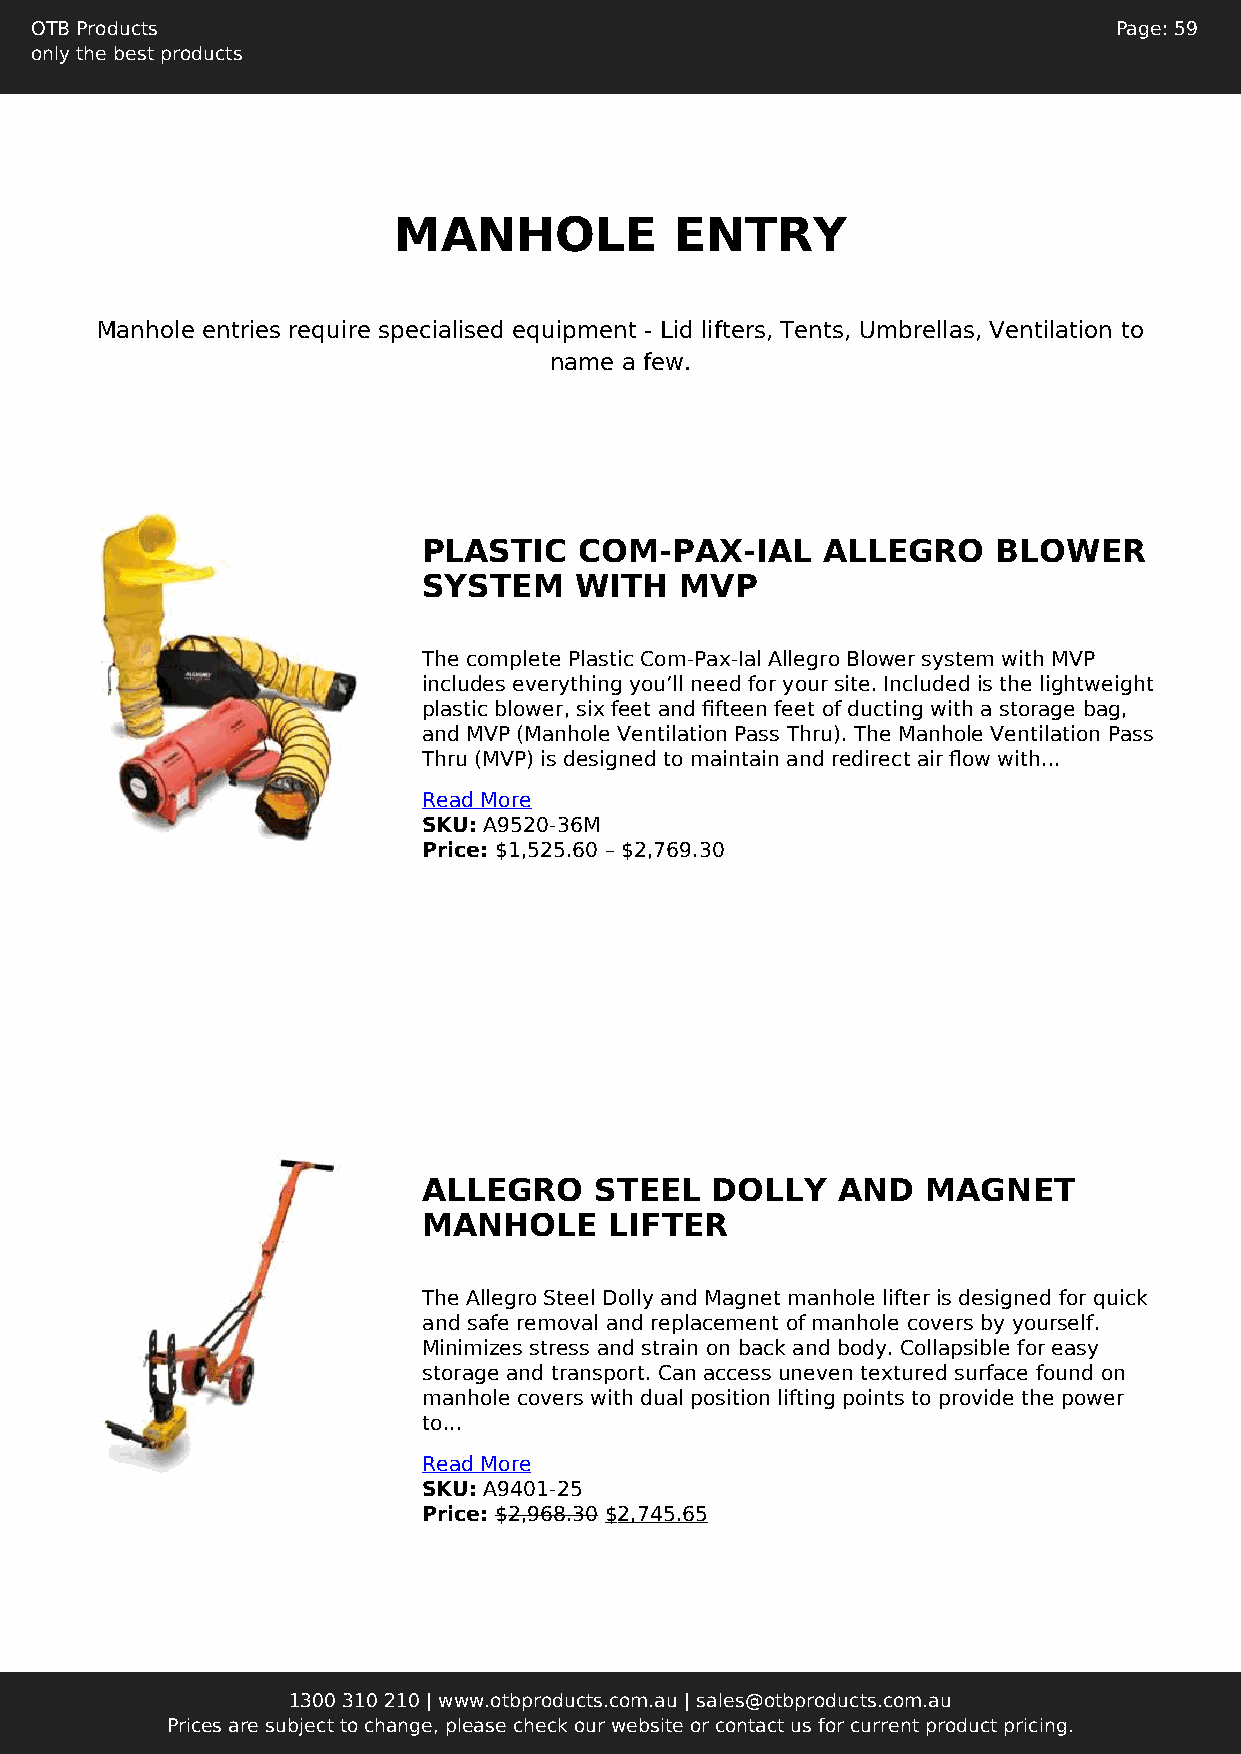
OTB Products                                                            Page: 59
 only the best products
 MANHOLE            ENTRY
 Manhole entries require specialised equipment - Lid lifters, Tents, Umbrellas, Ventilation to
 name a few.
 PLASTIC   COM-PAX-IAL     ALLEGRO     BLOWER
 SYSTEM    WITH   MVP
 The complete Plastic Com-Pax-Ial Allegro Blower system with MVP
 includes everything you’ll need for your site. Included is the lightweight
 plastic blower, six feet and fifteen feet of ducting with a storage bag,
 and MVP (Manhole Ventilation Pass Thru). The Manhole Ventilation Pass
 Thru (MVP) is designed to maintain and redirect air flow with...
 Read More
 SKU: A9520-36M
 Price: $1,525.60 – $2,769.30
 ALLEGRO    STEEL   DOLLY   AND   MAGNET
 MANHOLE     LIFTER
 The Allegro Steel Dolly and Magnet manhole lifter is designed for quick
 and safe removal and replacement of manhole covers by yourself.
 Minimizes stress and strain on back and body. Collapsible for easy
 storage and transport. Can access uneven textured surface found on
 manhole covers with dual position lifting points to provide the power
 to...
 Read More
 SKU: A9401-25
 Price: $2,968.30 $2,745.65
 1300 310 210 | www.otbproducts.com.au | sales@otbproducts.com.au
 Prices are subject to change, please check our website or contact us for current product pricing.